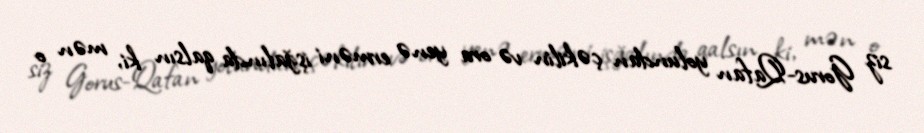
siz Gorus-Qafan yolundan çəkilin və ora yenə erməni işğalında qalsın ki, mən o